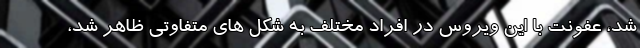
شد، عفونت با این ویروس در افراد مختلف به شکل های متفاوتی ظاهر شد،